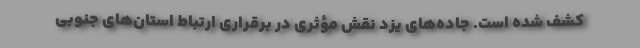
کشف شده است. جاده‌های یزد نقش مؤثری در برقراری ارتباط استان‌های جنوبی